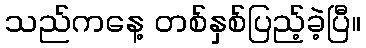
သည်ကနေ့ တစ်နှစ်ပြည့်ခဲ့ပြီ။